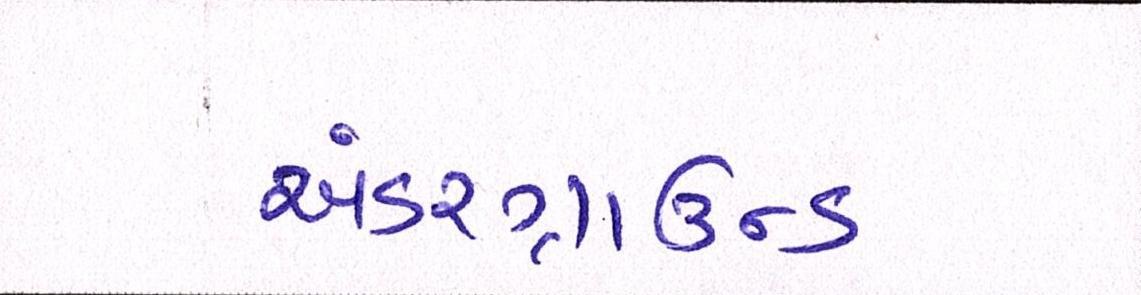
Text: અંડરગ્રાઉન્ડ